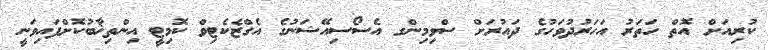
ކުރިއަށް އޮތް ހަތަރު އަހަރުދުވަހުގެ ދައުރަށް ސްވިމިންގ އެސޯސިއޭޝަނުގެ އެގްޒެކެޓިވް ކޮމިޓީ އިންތިޚާބުކޮށްފައިވަނީ